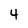
Character: 4